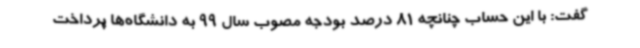
گفت: با این حساب چنانچه 81 درصد بودجه مصوب سال 99 به دانشگاه‌ها پرداخت